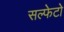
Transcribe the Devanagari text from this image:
सल्फेटो